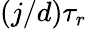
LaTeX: (j/d)\tau_{r}